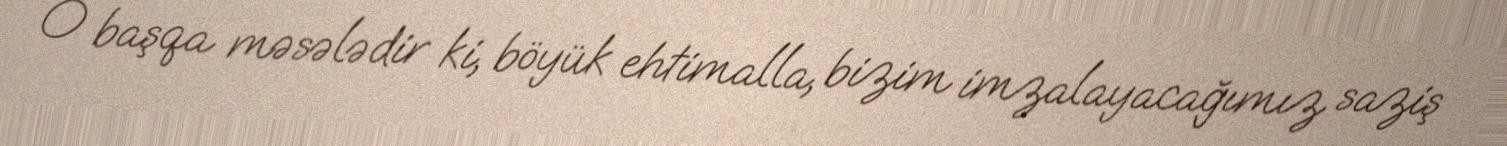
O başqa məsələdir ki, böyük ehtimalla, bizim imzalayacağımız saziş